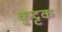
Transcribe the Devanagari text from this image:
कुुट्टक